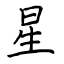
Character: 星